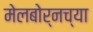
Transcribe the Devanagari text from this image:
मेलबोर्नच्या